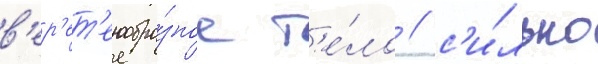
в'ер'ет'енообра́зное т'е́ло / с'и́льно